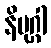
နိမုဂ္ဂါ